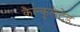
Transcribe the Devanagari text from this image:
कैल्कुलेटेड